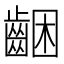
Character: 齫